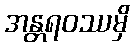
အန္တရဝဿမှိ